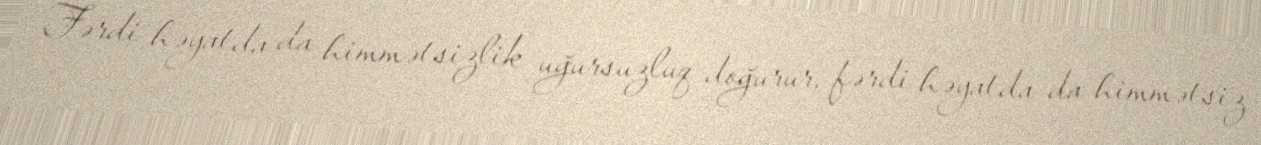
Fərdi həyatda da himmətsizlik uğursuzluq doğurur, fərdi həyatda da himmətsiz